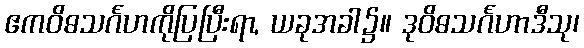
ဧကဝိဓသင်္ဂဟကိုပြပြီးရာ, ယခုအခါ၌။ ဒုဝိဓသင်္ဂဟာဒီသု၊